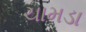
ચામડા